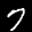
Label: 7